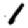
Digit: 1